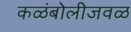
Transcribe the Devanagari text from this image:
कळंबोलीजवळ